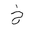
Letter: _kha